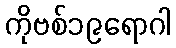
ကိုဗစ်၁၉ရောဂါ